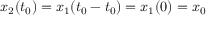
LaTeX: x _ { 2 } ( t _ { 0 } ) = x _ { 1 } ( t _ { 0 } - t _ { 0 } ) = x _ { 1 } ( 0 ) = x _ { 0 }